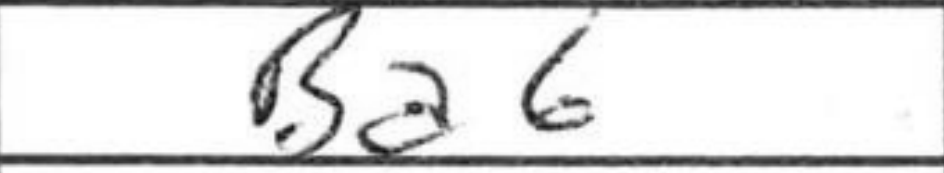
Transcription: Ba6